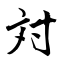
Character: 対